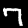
Digit: 7